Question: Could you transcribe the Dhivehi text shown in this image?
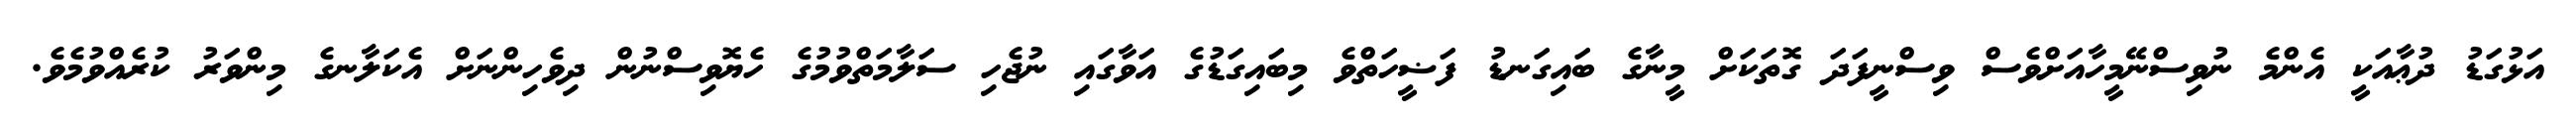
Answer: އަޅުގަޑު ދުޢާއަކީ އެންމެ ނުވިސްނޭމީހާއަށްވެސް ވިސްނީފަދަ ގޮތަކަށް މީނާގެ ބައިގަނޑު ފަޟީހަތްވެ މިބައިގަޑުގެ އަވާގައި ނުޖެހި ސަލާމަތްވުމުގެ ހެޔޮވިސްނުން ދިވެހިންނަށް އެކަލާނގެ މިންވަރު ކުރެއްވުމެވެ.